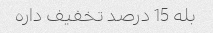
بله 15 درصد تخفیف داره